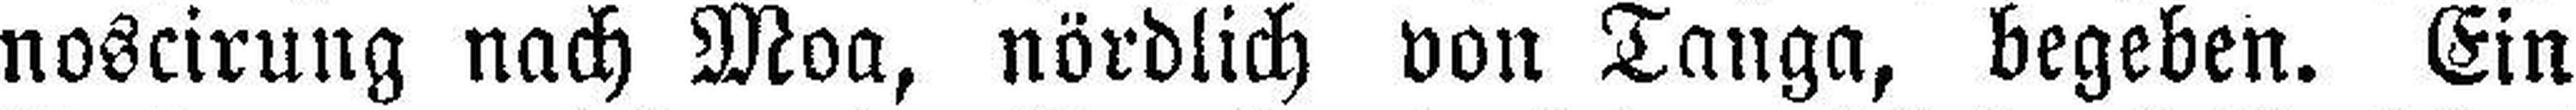
noscirung nach Moa, nördlich von Tanga, begeben. Ein